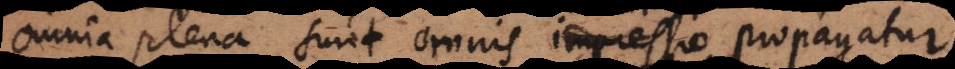
omnia plena sunt omnis impressio propagatur